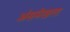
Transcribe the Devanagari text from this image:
अंसमेखला